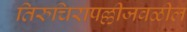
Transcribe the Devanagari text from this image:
तिरुचिरापल्लीजवळील